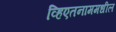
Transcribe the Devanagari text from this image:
व्हिएतनाममधील